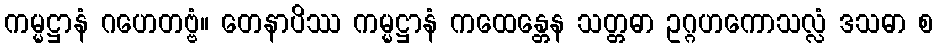
ကမ္မဋ္ဌာနံ ဂဟေတဗ္ဗံ။ တေနာပိဿ ကမ္မဋ္ဌာနံ ကထေန္တေန သတ္တဓာ ဥဂ္ဂဟကောသလ္လံ ဒသဓာ စ